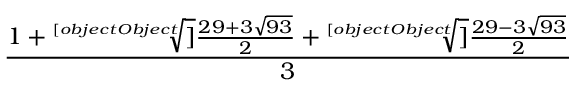
\frac { 1 + { \sqrt [ [object Object] ] { \frac { 2 9 + 3 { \sqrt { 9 3 } } } { 2 } } } + { \sqrt [ [object Object] ] { \frac { 2 9 - 3 { \sqrt { 9 3 } } } { 2 } } } } { 3 }